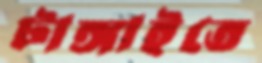
টাঙ্গাইতে